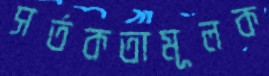
সর্তকতামূলক